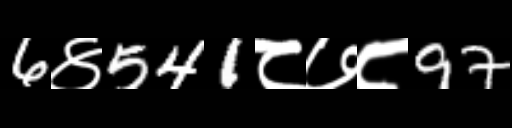
Text: 6४541८७८97